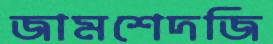
জামশেদজি